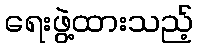
ရေးဖွဲ့ထားသည့်